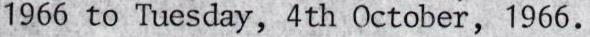
1966 to Tuesday, 4th October, 1966.